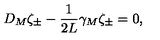
{ D _ { M } \zeta _ { \pm } - { \frac { 1 } { 2 L } } \gamma _ { M } \zeta _ { \pm } = 0 , }